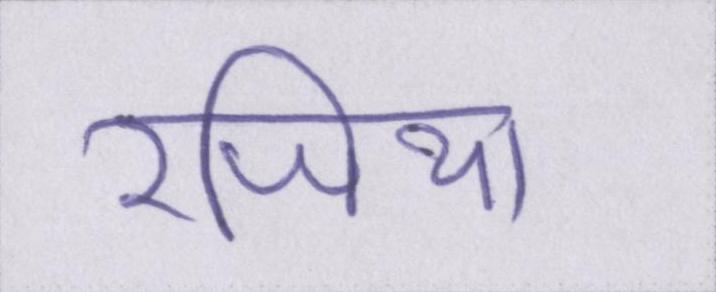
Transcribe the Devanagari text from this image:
रजिया